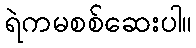
ရဲကမစစ်ဆေးပါ။